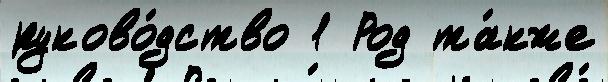
руково́дство 1 Род та́кже